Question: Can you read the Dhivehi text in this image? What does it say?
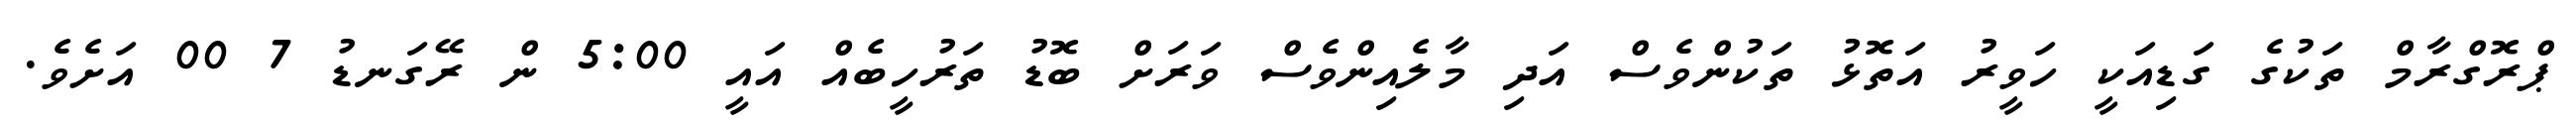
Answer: ޕްރޮގްރާމް ތަކުގެ ގަޑިއަކީ ހަވީރު އަތޮޅު ތަކުންވެސް އަދި މާލެއިންވެސް ވަރަށް ބޮޑު ތަރުހީބެއް އައީ 5:00 ން ރޭގަނޑު 7 00 އަށެވެ.